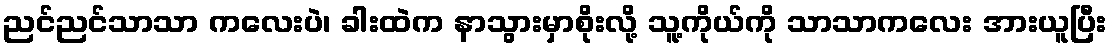
ညင်ညင်သာသာ ကလေးပဲ၊ ခါးထဲက နာသွားမှာစိုးလို့ သူ့ကိုယ်ကို သာသာကလေး အားယူပြီး